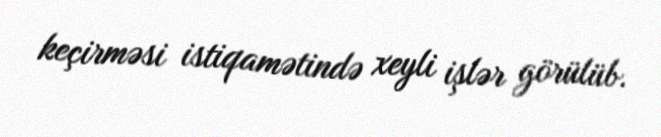
keçirməsi istiqamətində xeyli işlər görülüb.